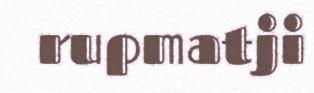
rupmatji